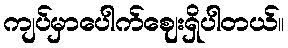
ကျပ်မှာပေါက်ဈေးရှိပါတယ်။